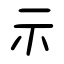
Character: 示